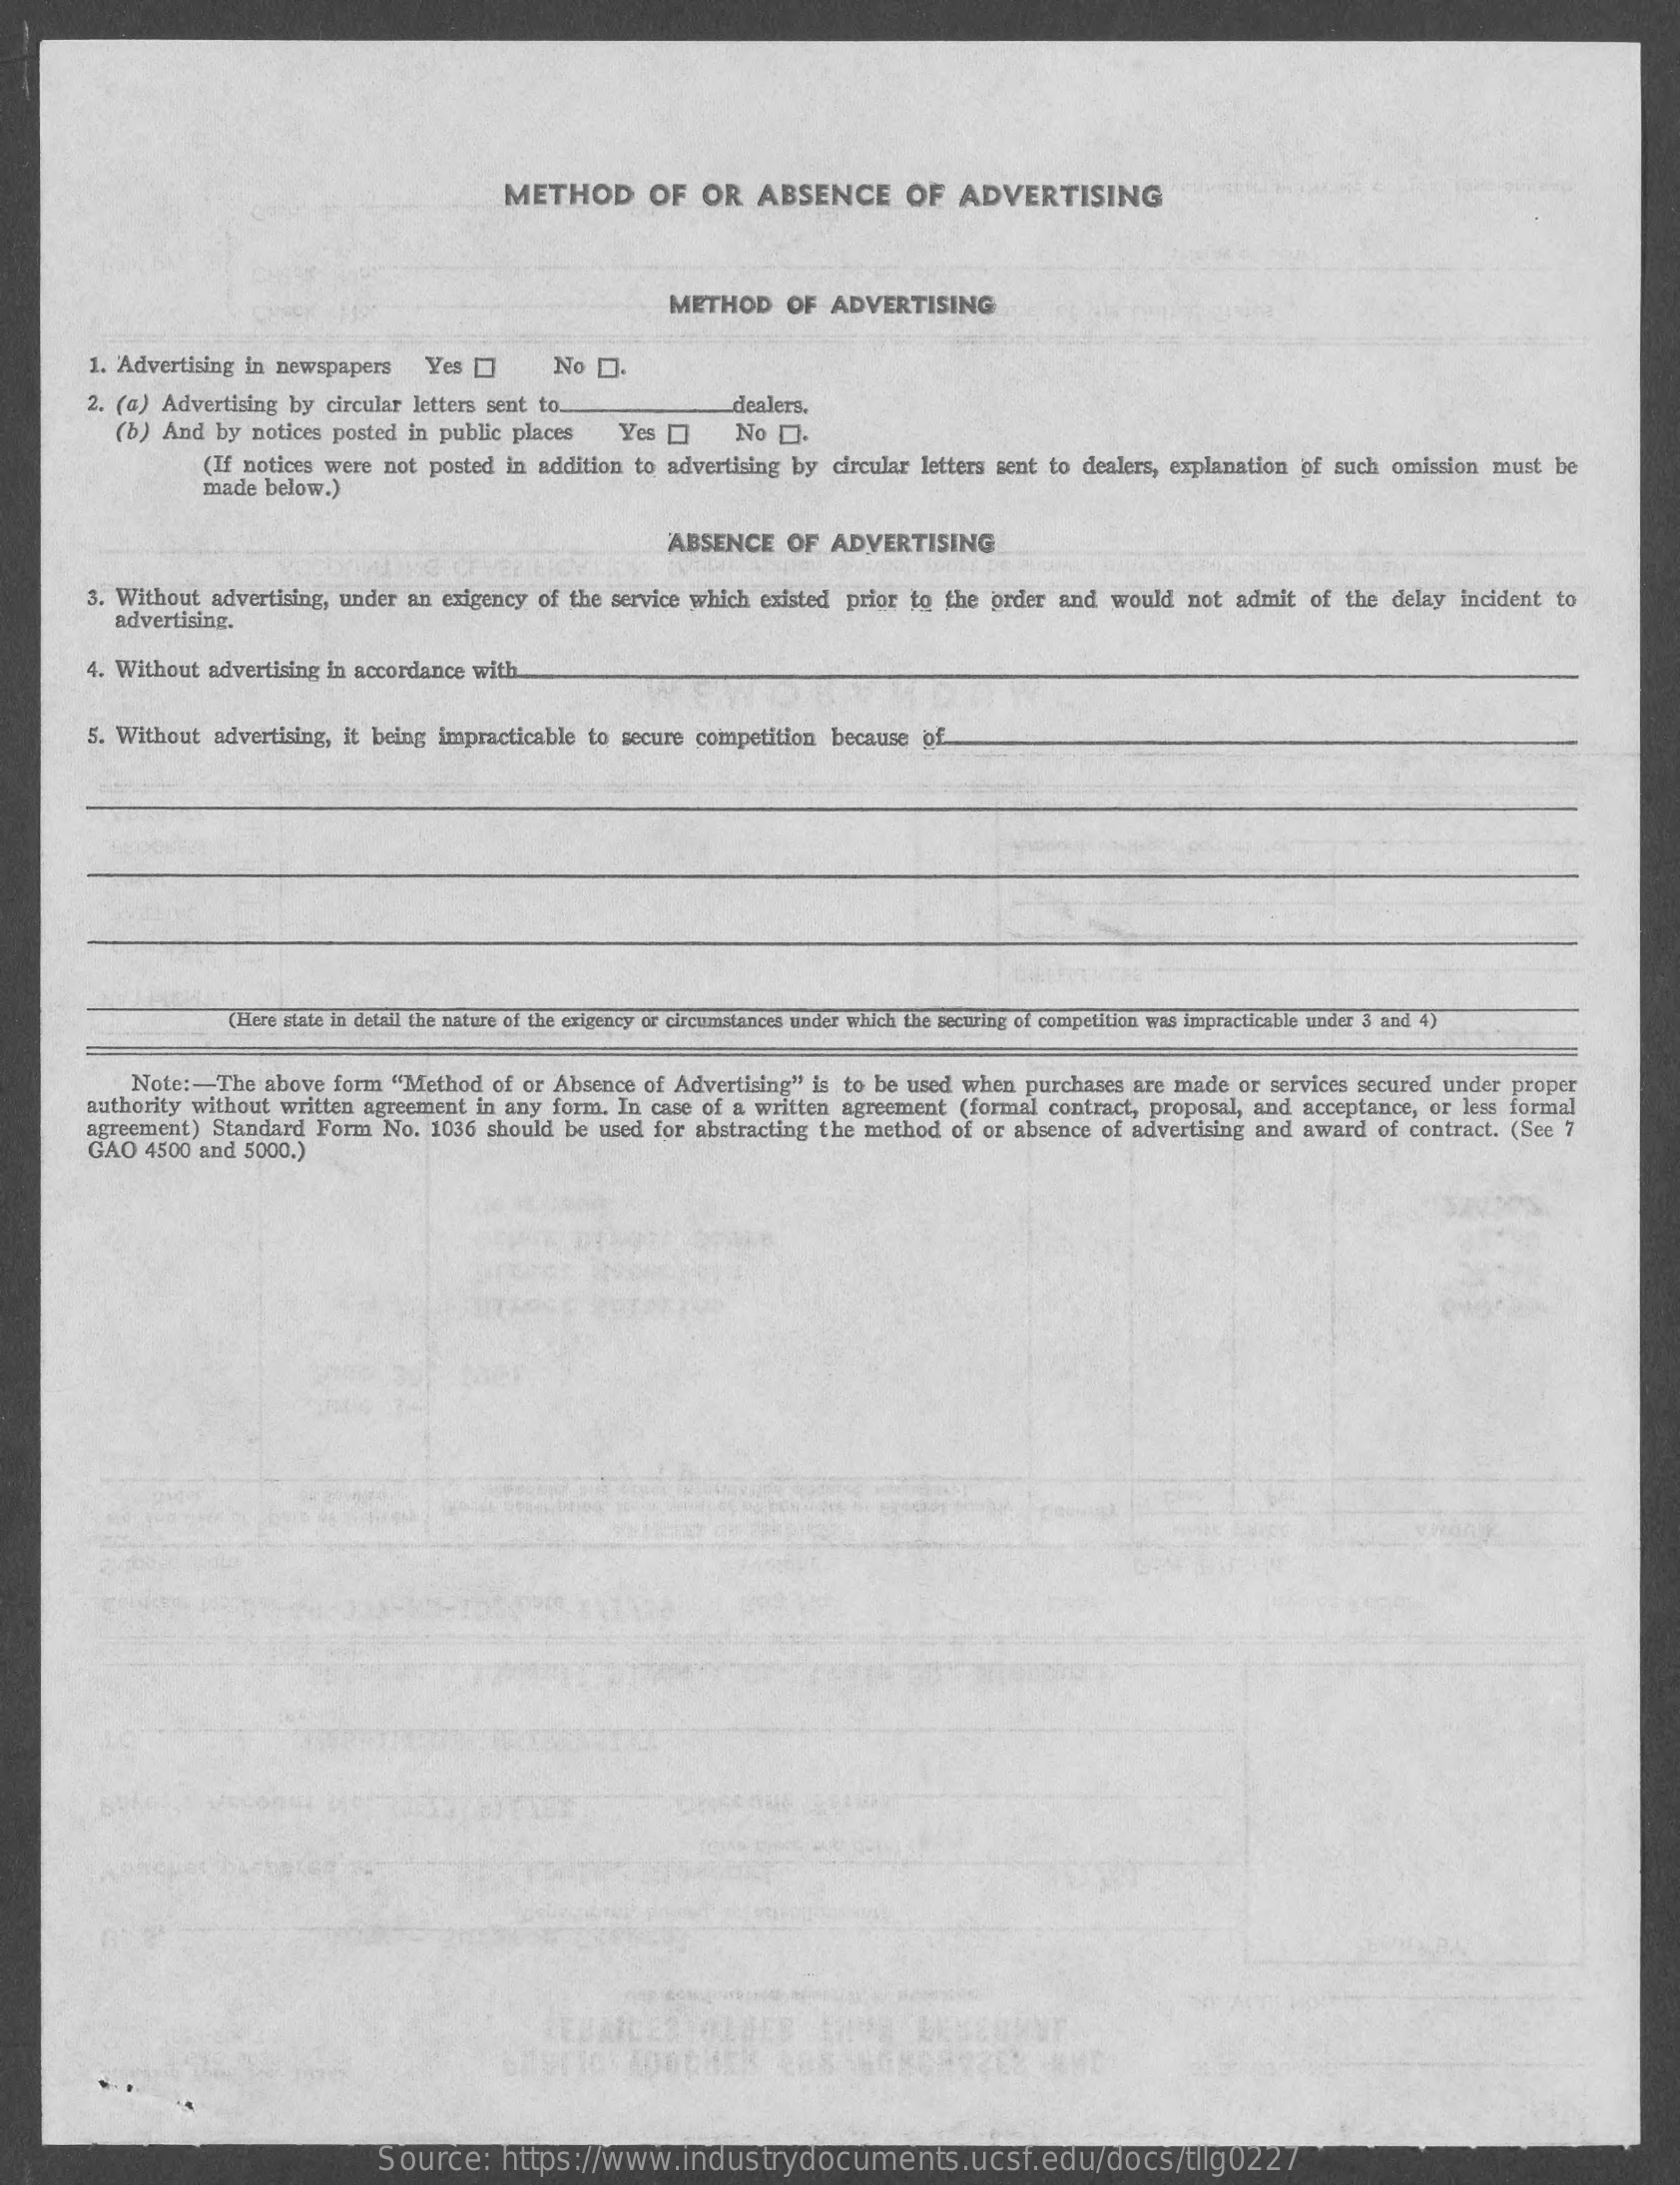
METHOD    OF  OR   ABSENCE    OF   ADVERTISING
     METHOD   OF  ADVERTISING
     1. Advertising in newspapers Yes    No D.
     2. (a) Advertising by circular letters sent to.    dealers.
     (b) And by notices posted in public places Yes   No [.
     (If notices were not posted in addition to advertising by circular letters sent to dealers, explanation of such omission must be
     made below.)
     ABSENCE  OF  ADVERTISING
     3. Without advertising, under an exigency of the service which existed prior to the order and would not admit of the delay incident to
     advertising.
     4. Without advertising in accordance with
     5. Without advertising, it being impracticable to secure competition because of
     (Here slate in detail the nature of the crigency or circumstances under which the securing of competition was impracticable under 3 and 4)
     Note :- The above form "Method of or Absence of Advertising" is to be used when purchases are made or services secured under proper
     authority without written agreement in any form, In case of a written agreement (formal contract, proposal, and acceptance, or less formal
     agreement) Standard Form No. 1036 should be used for abstracting the method of or absence of advertising and award of contract. (See 7
     GAO  4500 and 5000.)
     Source:   https://www.industrydocuments.ucsf.edu/docs/tllg0227